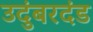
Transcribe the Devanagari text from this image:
उदुंबरदंड